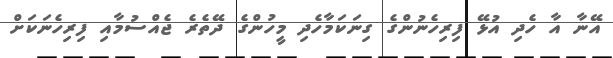
އޭނާ އާ ހެދި އުޅޭ ފިރިހެނުންގެ ގިނަކަމާހެދި މީހުންގެ ދޭތެރެ ޖެއްސުމާއި ފިރިހެނަކަށް